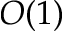
O ( 1 )